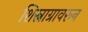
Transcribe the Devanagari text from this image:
शिस्नाग्रावरून